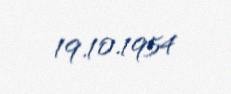
19.10.1954